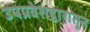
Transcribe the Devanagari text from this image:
उपप्रवेशद्वारातून